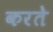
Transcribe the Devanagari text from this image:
करतेे